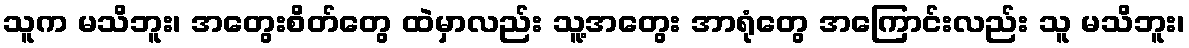
သူက မသိဘူး၊ အတွေးစိတ်တွေ ထဲမှာလည်း သူ့အတွေး အာရုံတွေ အကြောင်းလည်း သူ မသိဘူး၊